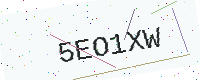
Text: 5EO1XW